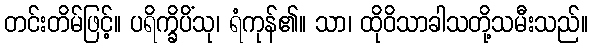
တင်းတိမ်ဖြင့်။ ပရိက္ခိပိံသု၊ ရံကုန်၏။ သာ၊ ထိုဝိသာခါသတို့သမီးသည်။